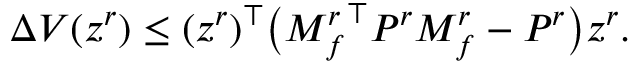
\begin{array} { r } { \Delta V ( z ^ { r } ) \leq ( z ^ { r } ) ^ { \top } \big ( { M _ { f } ^ { r } } ^ { \top } P ^ { r } M _ { f } ^ { r } - P ^ { r } \big ) z ^ { r } . } \end{array}